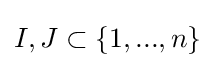
I,J\subset \{1,...,n\}